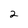
Character: 2